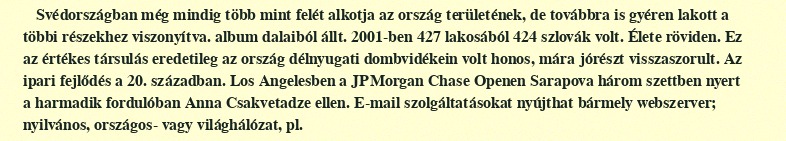
Svédországban még mindig több mint felét alkotja az ország területének, de továbbra is gyéren lakott a többi részekhez viszonyítva. album dalaiból állt. 2001-ben 427 lakosából 424 szlovák volt. Élete röviden. Ez az értékes társulás eredetileg az ország délnyugati dombvidékein volt honos, mára jórészt visszaszorult. Az ipari fejlődés a 20. században. Los Angelesben a JPMorgan Chase Openen Sarapova három szettben nyert a harmadik fordulóban Anna Csakvetadze ellen. E-mail szolgáltatásokat nyújthat bármely webszerver; nyilvános, országos- vagy világhálózat, pl.